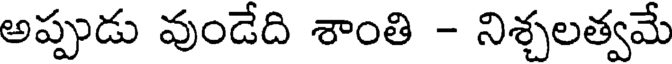
అప్పుడు వుండేది శాంతి - నిశ్చలత్వమే